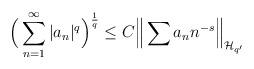
LaTeX: \begin{align*} \Big( \sum_{n=1}^{\infty} \vert a_{n} \vert^{q} \Big)^{\frac{1}{q}}\leq C \Big\Vert \sum a_{n} n^{-s} \Big\Vert_{\mathcal{H}_{q'}}\end{align*}